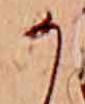
か